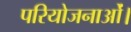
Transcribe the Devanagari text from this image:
परियोजनाओं।